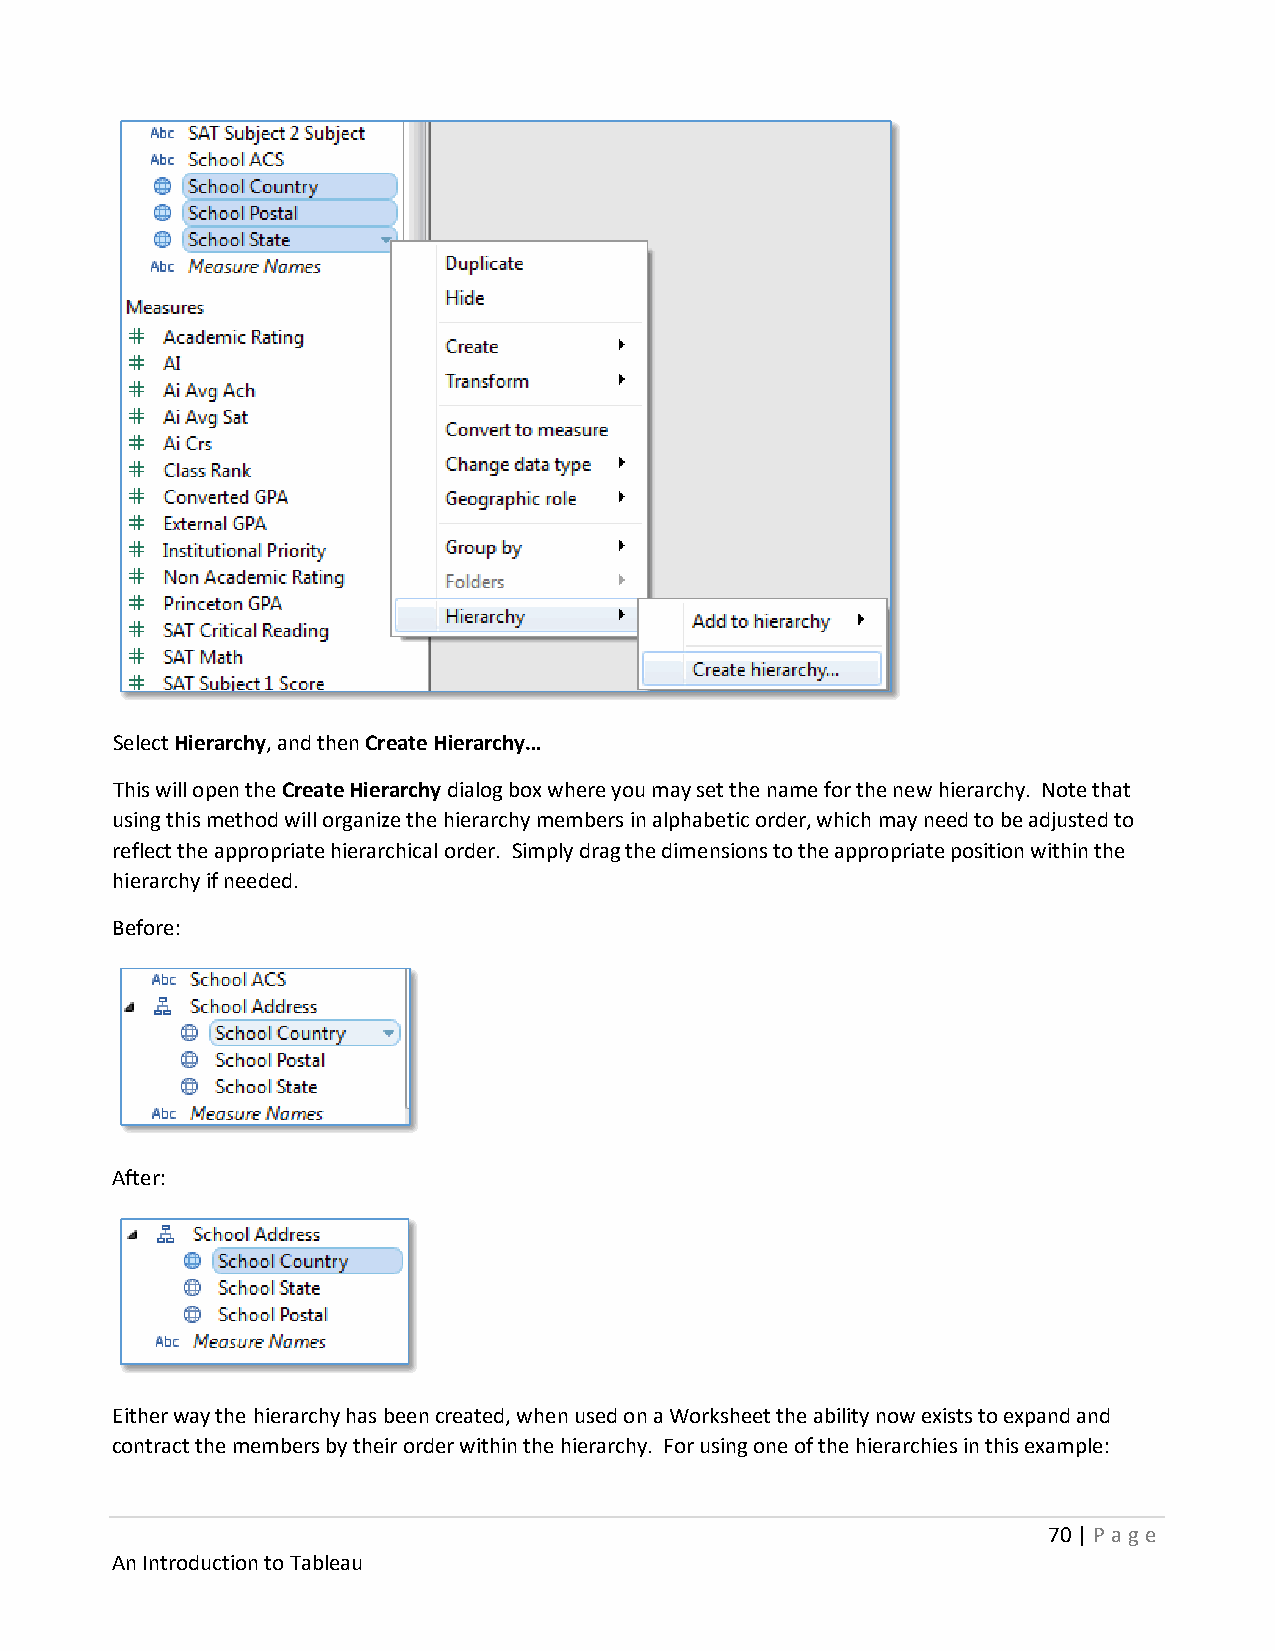
Select Hierarchy, and then Create Hierarchy…
 This will open the Create Hierarchy dialog box where you may set the name for the new hierarchy. Note that
 using this method will organize the hierarchy members in alphabetic order, which may need to be adjusted to
 reflect the appropriate hierarchical order. Simply drag the dimensions to the appropriate position within the
 hierarchy if needed.
 Before:
 After:
 Either way the hierarchy has been created, when used on a Worksheet the ability now exists to expand and
 contract the members by their order within the hierarchy. For using one of the hierarchies in this example:
 70 | P age
 An Introduction to Tableau